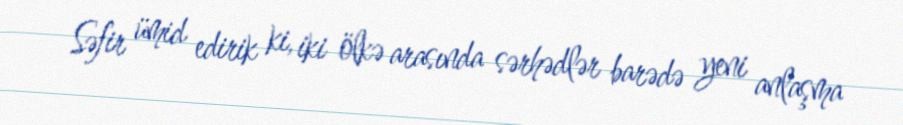
Səfir ümid edirik ki, iki ölkə arasında sərhədlər barədə yeni anlaşma